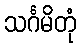
သင်္ဂမိတုံ